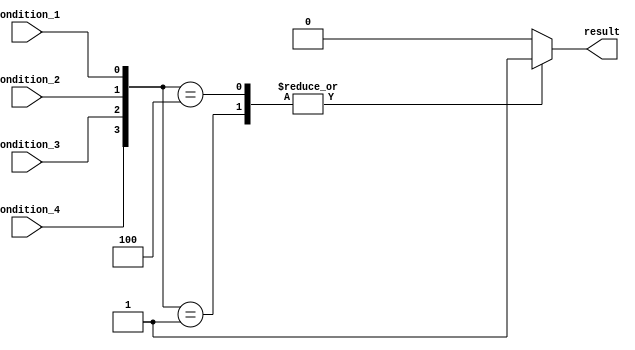
module priority_case_statement(
    input wire condition_1,
    input wire condition_2,
    input wire condition_3,
    input wire condition_4,
    output wire result
);

always @*
begin
    case ({condition_4, condition_3, condition_2, condition_1})
        // Define priority conditions
        4'b0001: result = 1; // Highest priority condition
        4'b0010: result = 2; 
        4'b0100: result = 3;
        4'b1000: result = 4; // Lowest priority condition
        default: result = 0; // Default condition if none of the above is true
    endcase
end

endmodule